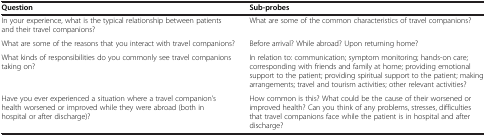
| Question | Sub-probes |
 | --- | --- |
 | In your experience, what is the typical relationship between patients and their travel companions? | What are some of the common characteristics of travel companions? |
 | What are some of the reasons that you interact with travel companions? | Before arrival? While abroad? Upon returning home? |
 | What kinds of responsibilities do you commonly see travel companions taking on? | In relation to: communication; symptom monitoring; hands-on care; corresponding with friends and family at home; providing emotional support to the patient; providing spiritual support to the patient; making arrangements; travel and tourism activities; other relevant activities? |
 | Have you ever experienced a situation where a travel companion’s health worsened or improved while they were abroad (both in hospital or after discharge)? | How common is this? What could be the cause of their worsened or improved health? Can you think of any problems, stresses, difficulties that travel companions face while the patient is in hospital and after discharge? |